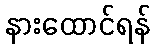
နားထောင်ရန်